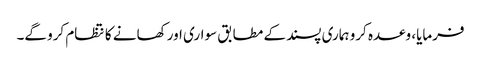
فرمایا، وعدہ کرو ہماری پسند کے مطابق سواری اور کھانے کا نتظام کرو گے۔